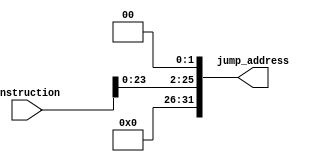
`timescale 1ns / 1ps
//////////////////////////////////////////////////////////////////////////////////
// Company: 
// Engineer: 
// 
// Design Name: 
// Module Name:    jump_address 
// Project Name: 
// Target Devices: 
// Tool versions: 
// Description: 
//
// Dependencies: 
//
// Revision: 
// Revision 0.01 - File Created
// Additional Comments: 
//
//////////////////////////////////////////////////////////////////////////////////
module Jump_Address(instruction, jump_address);
input [25:0] instruction;
output wire [31:0] jump_address;

assign jump_address = {4'b0, instruction[25:0]<<2};


endmodule